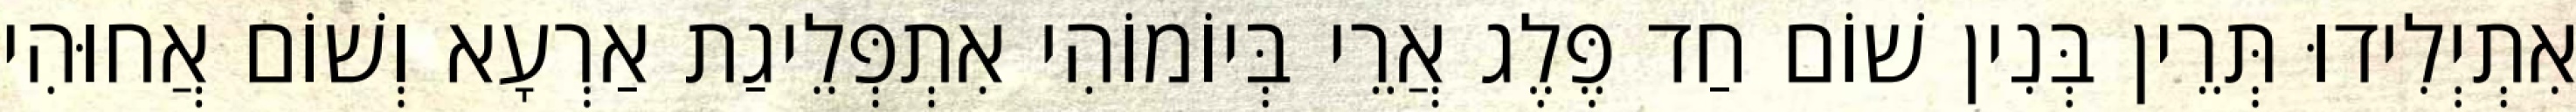
אִתְיְלִידוּ תְּרֵין בְּנִין שׁוֹם חַד פֶּלֶג אֲרֵי בְּיוֹמוֹהִי אִתְפְּלֵיגַת אַרְעָא וְשׁוֹם אֲחוּהִי